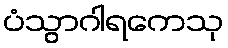
ပံသွာဂါရကေသု